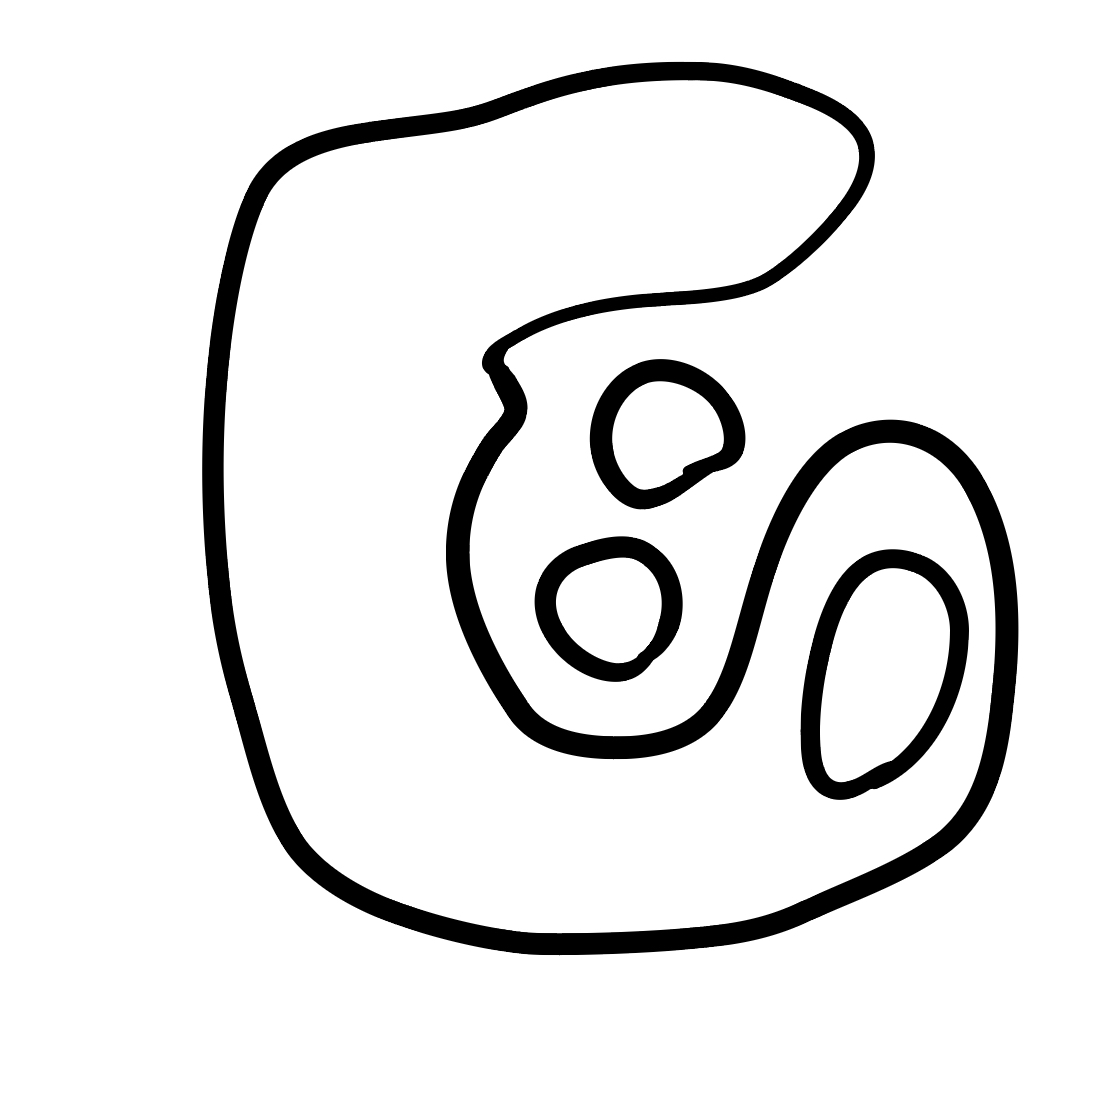
Number of regions (including the outer root region): 5
Containment tree edges (parent, child): 0, 1, 0, 2, 0, 3, 3, 4